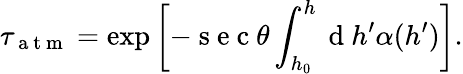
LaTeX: \tau_{\mathrm{~a~t~m~}}=\exp\left[-\mathrm{~s~e~c~}\theta\int_{h_{0}}^{h}\mathrm{~d~}h^{\prime}\alpha(h^{\prime})\right].